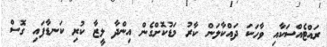
ރައްޓެއްސަކާއި ވާހަކަ ދައްކާލަން ކާރު މަޑުކޮށްގެން އިންދާ ލީޒާ ކުރި ކަނޑާފައި ގޮސް